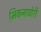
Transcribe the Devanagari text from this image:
भिकनाठोरी